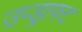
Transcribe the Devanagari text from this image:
उप्ड्राफ्ट